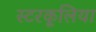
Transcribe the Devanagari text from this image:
स्टरकूलिया